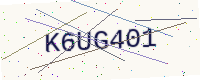
Text: K6UG401